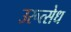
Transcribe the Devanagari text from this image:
उरूत्सेध